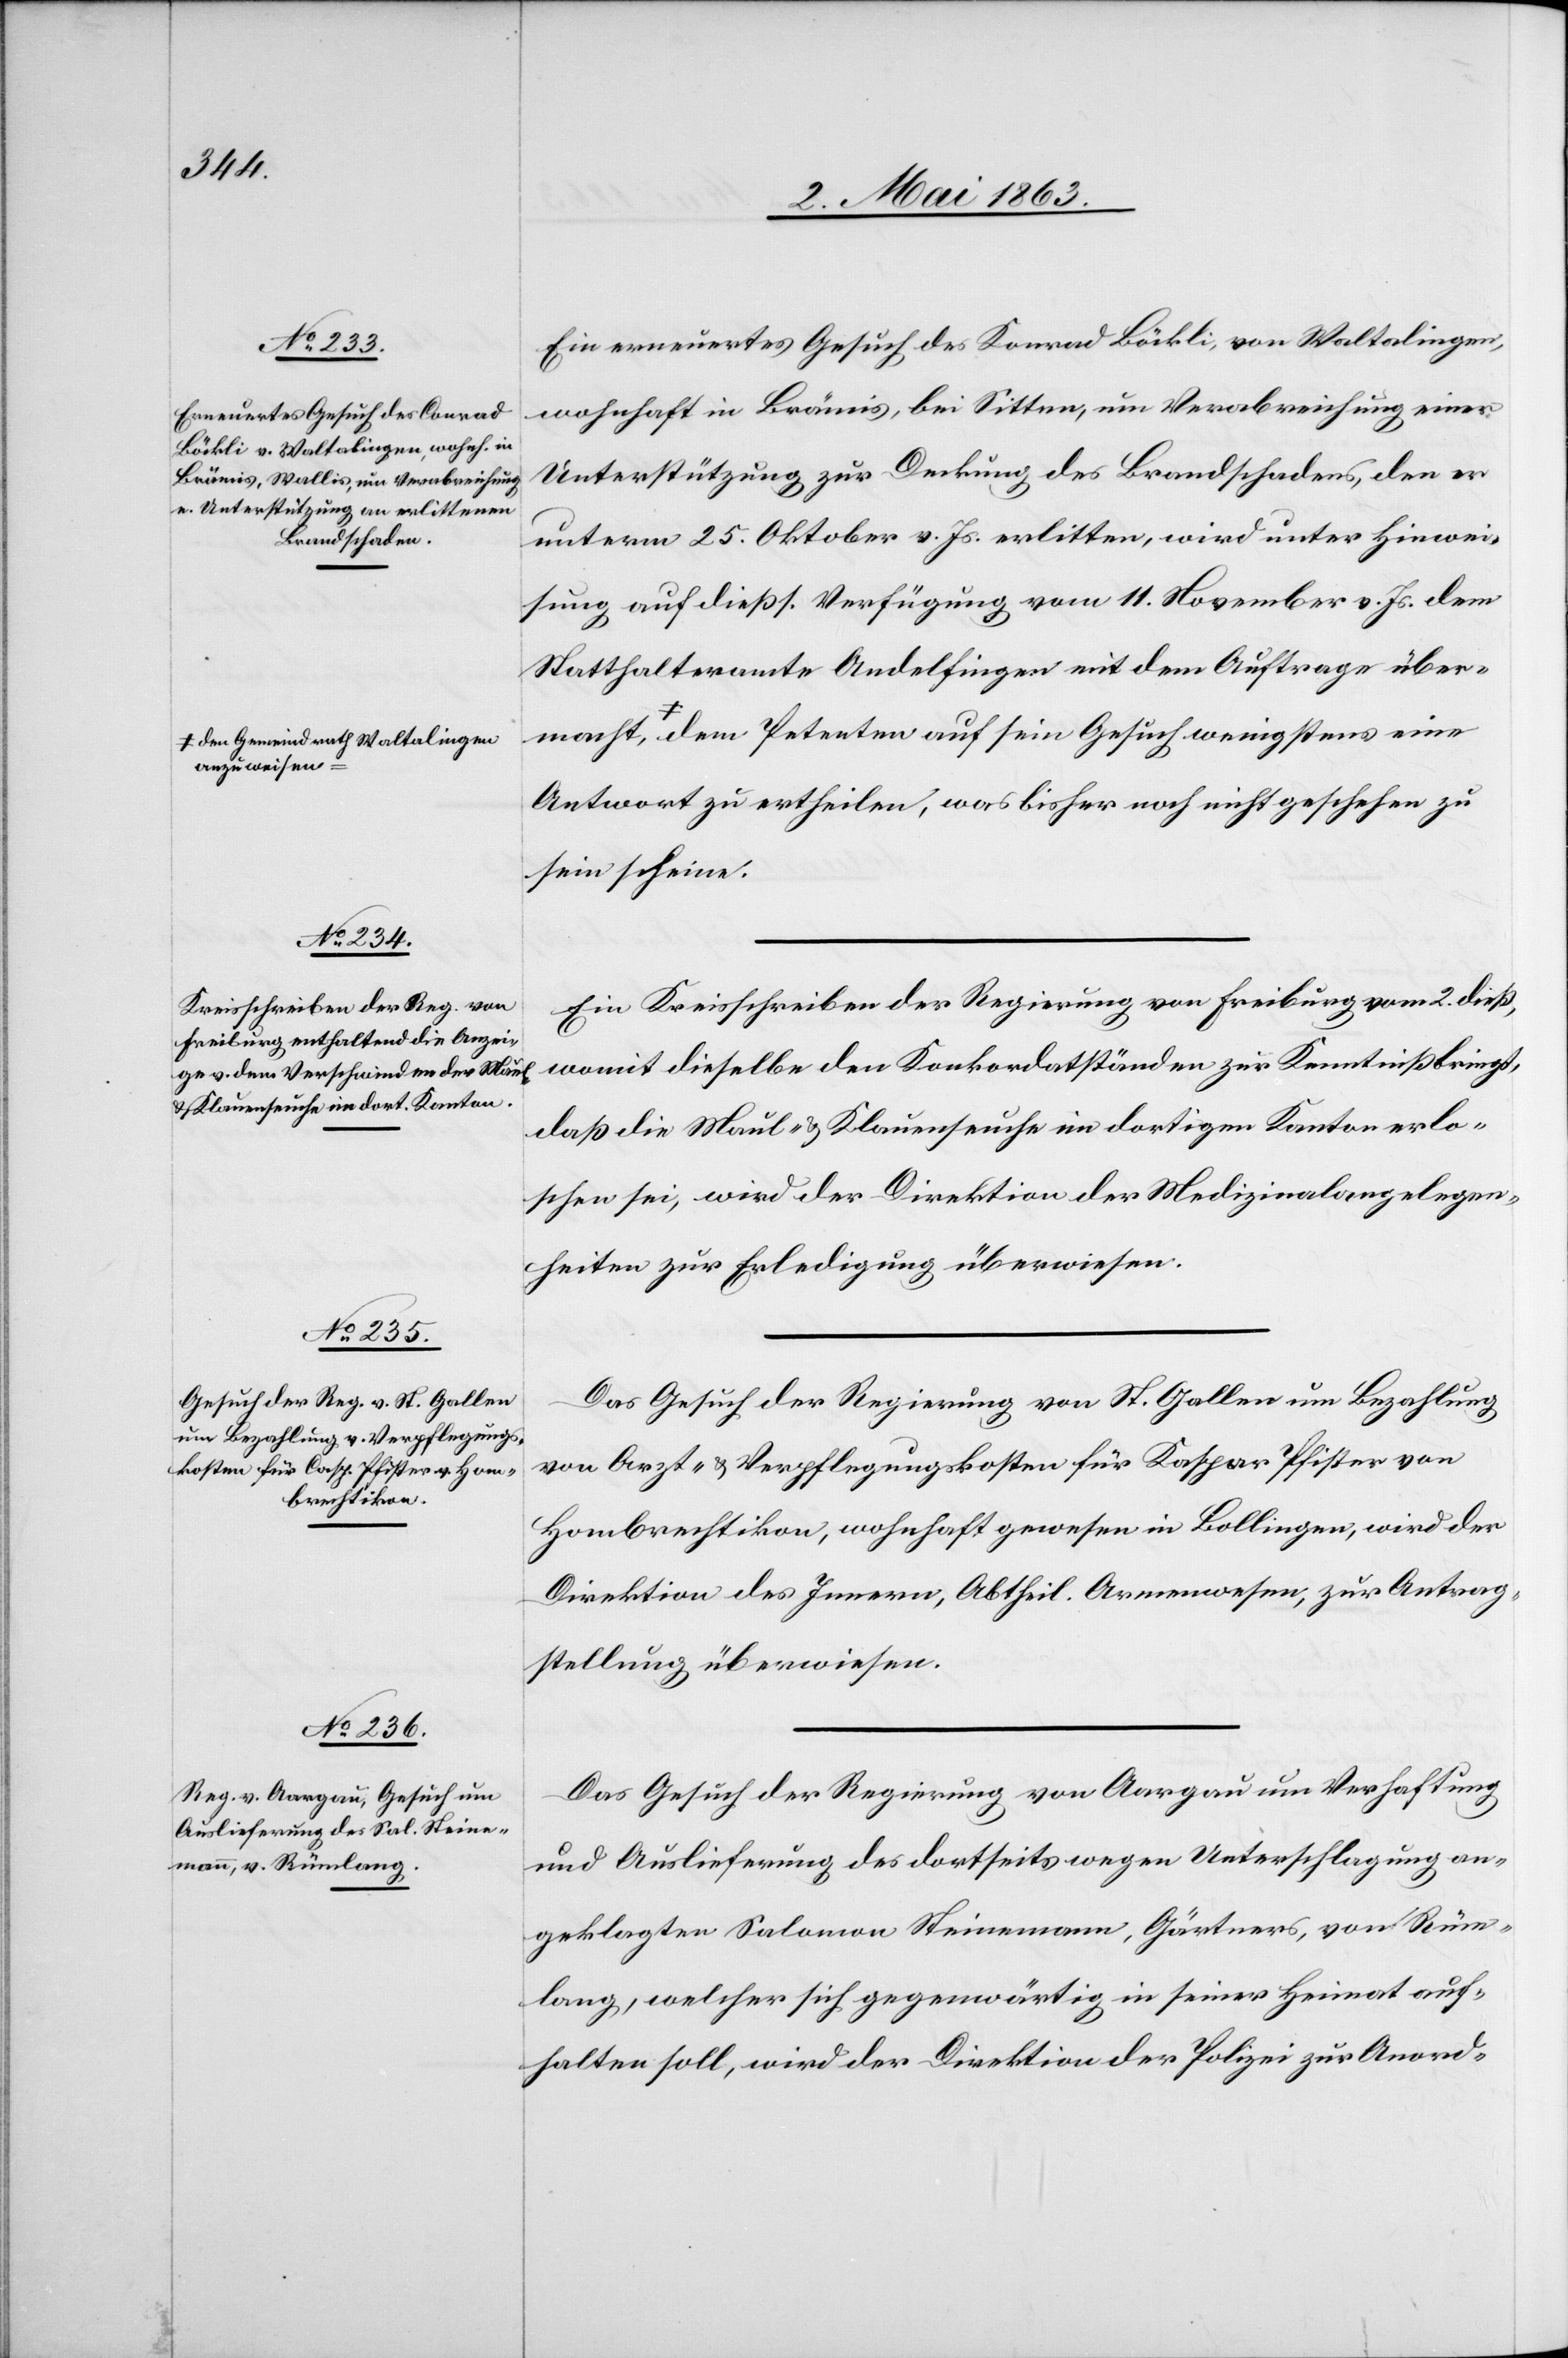
macht
a-den Gemeindrath Waltalingen
anzuweisen-a,

7. Mai 1863.]
Ein erneuertes Gesuch des Konrad Böckli, von Waltalingen,
wohnhaft in Brämis, bei Sitten, um Verabreichung einer
Unterstützung zur Deckung des Brandschadens, den er
unterm 25. Oktober v. Js. erlitten, wird unter Hinwei¬
sung auf dießs. Verfügung vom 11. November v. Js. dem
Statthalteramte Andelfingen mit dem Auftrage über¬
Antwort zu ertheilen, was bisher noch nicht geschehen zu
sein scheine.
Ein Kreisschreiben der Regierung von Freiburg vom 2. dieß,
womit dieselbe den Konkordatständen zur Kenntniß bringt,
daß die Maul- & Klauenseuche im dortigen Kanton erlo¬
schen sei, wird der Direktion der Medizinalangelegen¬
heiten zur Erledigung überwiesen.
Das Gesuch der Regierung von St. Gallen um Bezahlung
von Arzt- & Verpflegungskosten für Kaspar [sic!] Pfister von
Hombrechtikon, wohnhaft gewesen in Bollingen, wird der
Direktion des Innern, Abtheil. Armenwesen, zur Antrag¬
stellung überweisen.
Das Gesuch der Regierung von Aargau um Verhaftung
und Auslieferung des dortseits wegen Unterschlagung an¬
geklagten Salomon Steinemann, Gärtners, von Rüm¬
lang, welcher sich gegenwärtig in seiner Heimat auf¬
halten soll, wird der Direktion der Polizei zur Anord-